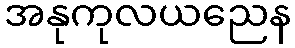
အနုကုလယညေန